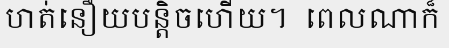
ហត់នឿយបន្តិចហើយ។  ពេលណាក៏